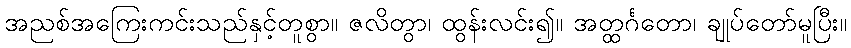
အညစ်အကြေးကင်းသည်နှင့်တူစွာ။ ဇလိတွာ၊ ထွန်းလင်း၍။ အတ္ထင်္ဂတော၊ ချုပ်တော်မူပြီး။